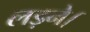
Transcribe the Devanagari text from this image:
लड़ने।